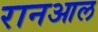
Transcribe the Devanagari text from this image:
रानआल